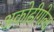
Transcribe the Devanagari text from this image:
अकोढीगोला